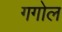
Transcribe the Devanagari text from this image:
गगोल